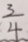
\frac { 3 } { 4 }